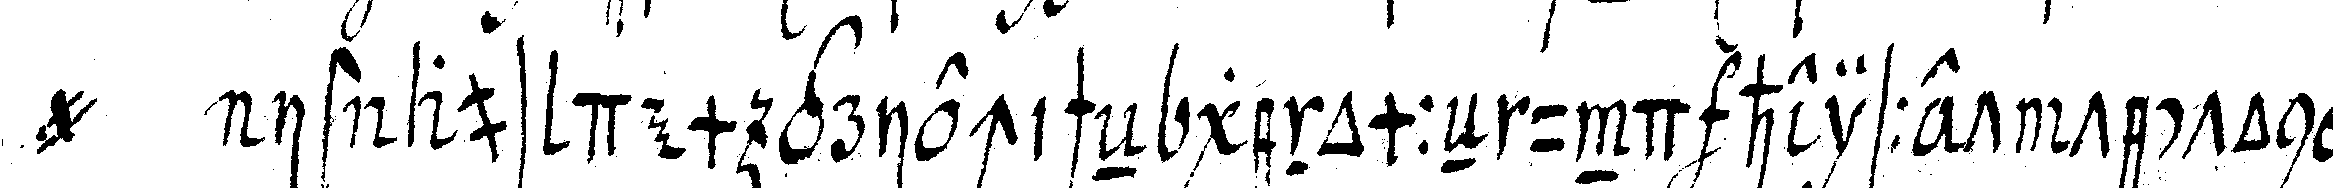
@ ist aus dem griechischeN genommeN und heisset tecton